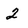
Character: 2